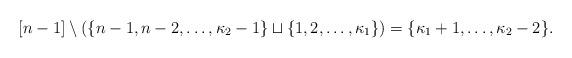
LaTeX: \begin{align*} [n-1] \setminus (\{n-1, n-2, \dots, \kappa_2-1\}\sqcup \{1, 2, \dots, \kappa_1\})= \{\kappa_1+1, \dots, \kappa_2-2\}. \end{align*}